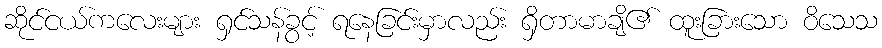
ဆိုင်ငယ်ကလေးများ ရှင်သန်ခွင့် ရနေခြင်းမှာလည်း ရှိတာမာချိ၏ ထူးခြားသော ဝိသေသ